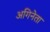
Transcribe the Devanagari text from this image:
अगिनेता